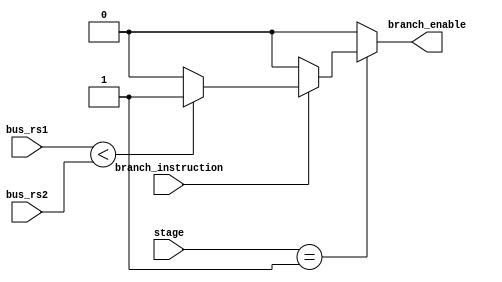
module Branch_Unit 
(
    input [1 :0] stage,
    input branch_instruction,

    input [31 : 0] bus_rs1,
    input [31 : 0] bus_rs2,

    output reg branch_enable
);
    always @(*) begin
    // Check condition for branch instruction (BLT)
    if (stage == 2'b01) begin
        if (branch_instruction == 1'b1) begin
            if (bus_rs1 < bus_rs2) begin
                branch_enable = 1'b1; // Branch condition is true
            end
            else begin
                branch_enable = 1'b0; // Branch condition is false
            end
            end
        else begin
            branch_enable = 1'b0; // Branch condition is false for non-branch instructions
        end
    end
    else begin
        branch_enable = 1'b0; // Default branch condition is false
    end
    end

endmodule